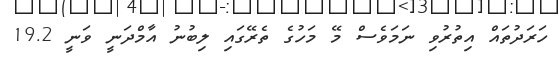
ހަރަދުތައް އިތުރުވި ނަމަވެސް މޭ މަހުގެ ތެރޭގައި ލިބުނު އާމްދަނީ ވަނީ 19.2